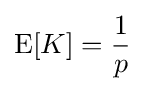
\operatorname {E} [K]={\frac {1}{p}}